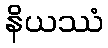
နိယဿံ